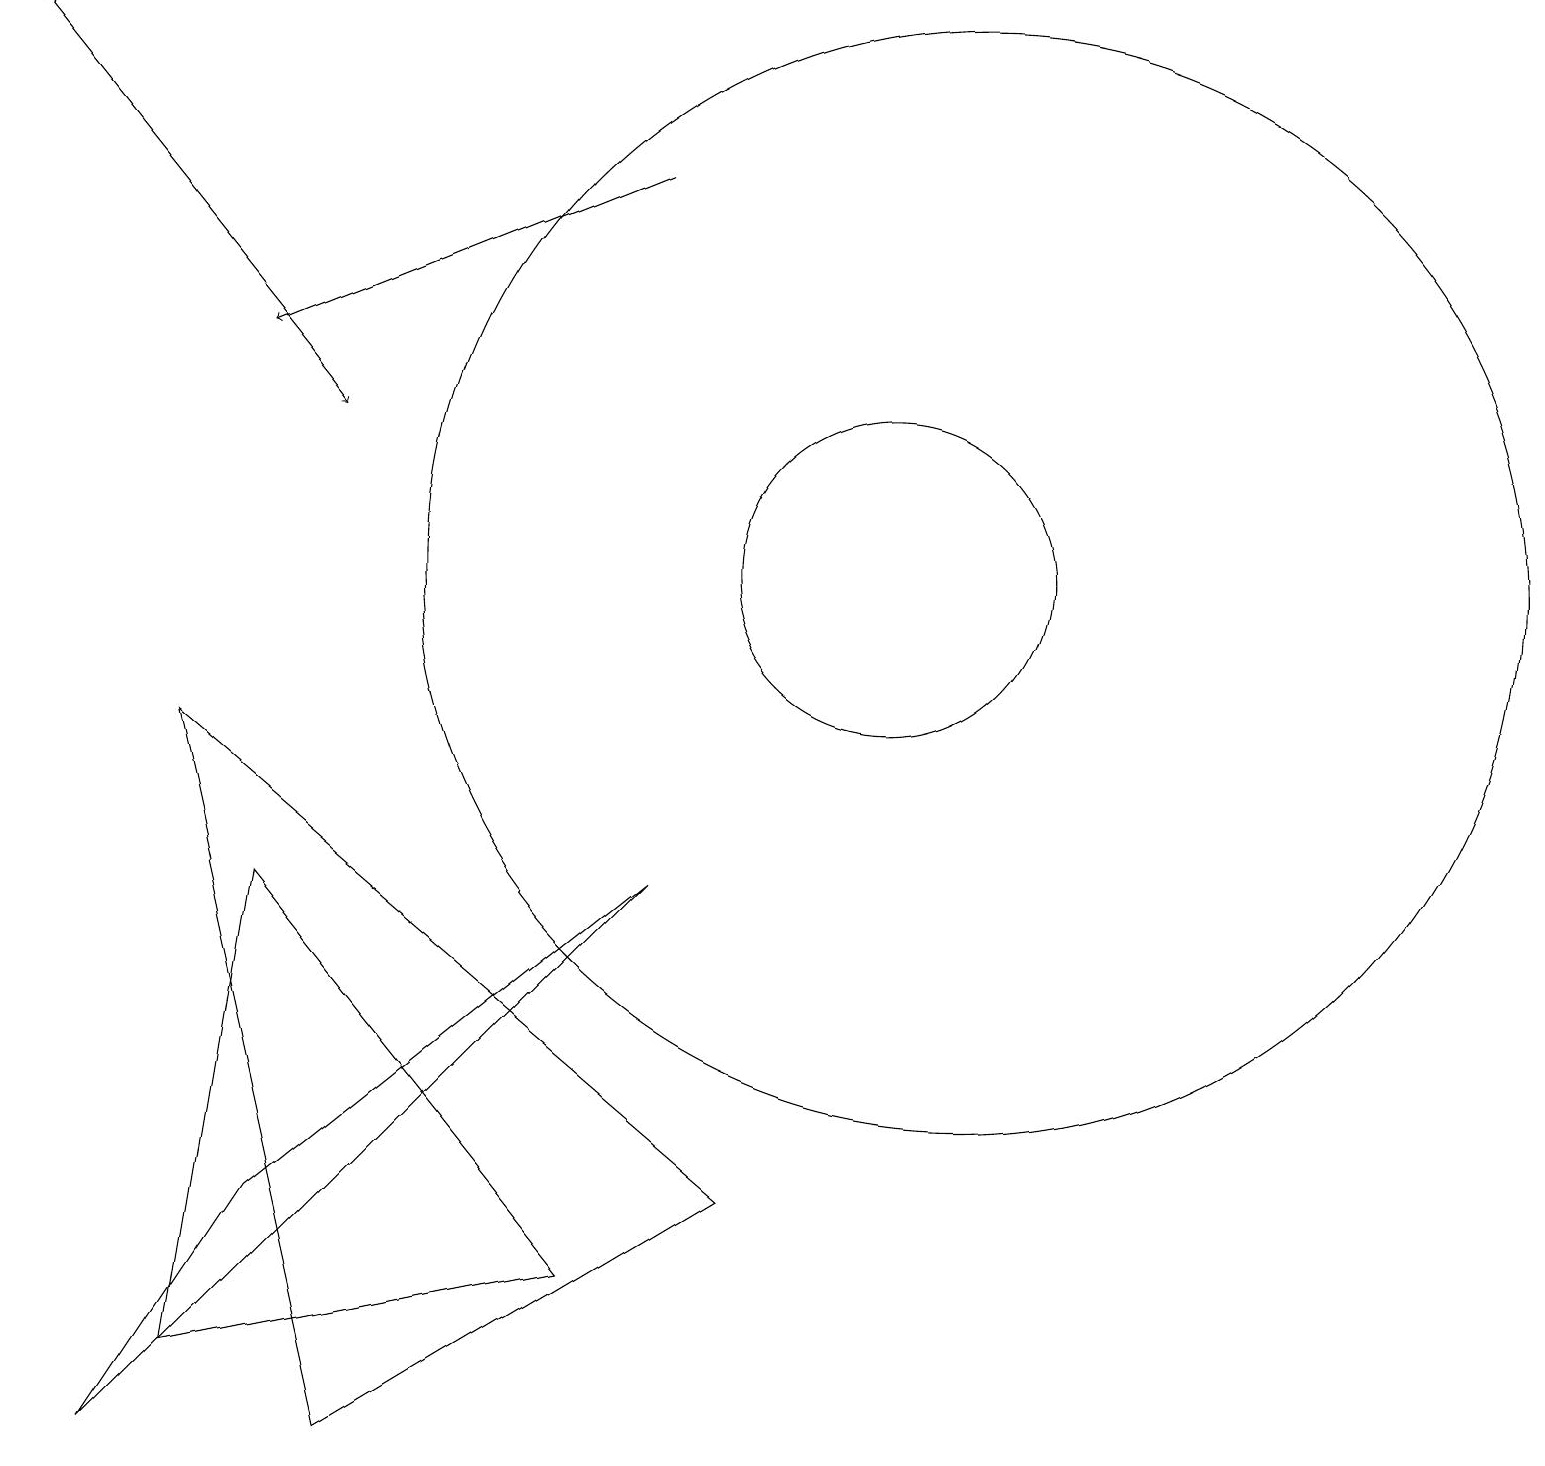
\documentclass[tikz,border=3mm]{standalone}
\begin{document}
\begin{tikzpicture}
\draw[->] (8,16) -- (3,14);
\draw (3,3) -- (1,0) -- (8,7) -- cycle;
\draw (2,1) -- (3,7) -- (7,2) -- cycle;
\draw[->] (0,18) -- (4,13);
\draw (2,9) -- (4,0) -- (9,3) -- cycle;
\draw (12,11) circle (7);
\draw (11,11) circle (2);
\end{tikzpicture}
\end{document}